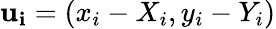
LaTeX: \mathbf{u_{i}}=(x_{i}-X_{i},y_{i}-Y_{i})